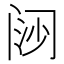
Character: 𬮪